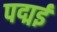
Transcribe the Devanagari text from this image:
पद्मई